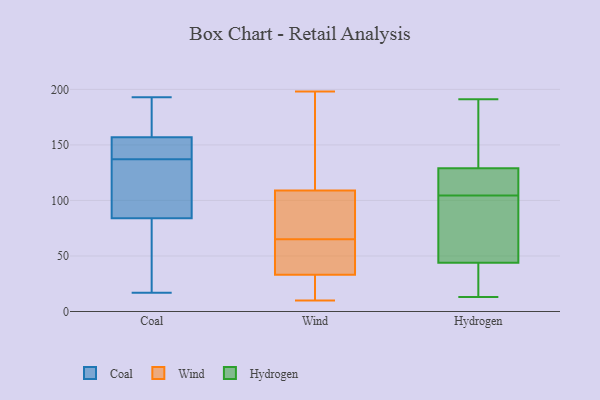
{"axis": {"x": "Humidity (%)", "y": "Value"}, "legend": ["Coal", "Hydrogen", "Wind"], "data": [{"x": "", "y": 193, "type": "Coal"}, {"x": "", "y": 102, "type": "Coal"}, {"x": "", "y": 184, "type": "Coal"}, {"x": "", "y": 32, "type": "Coal"}, {"x": "", "y": 154, "type": "Coal"}, {"x": "", "y": 120, "type": "Coal"}, {"x": "", "y": 78, "type": "Coal"}, {"x": "", "y": 78, "type": "Coal"}, {"x": "", "y": 140, "type": "Coal"}, {"x": "", "y": 158, "type": "Coal"}, {"x": "", "y": 17, "type": "Coal"}, {"x": "", "y": 104, "type": "Coal"}, {"x": "", "y": 137, "type": "Coal"}, {"x": "", "y": 165, "type": "Coal"}, {"x": "", "y": 147, "type": "Coal"}, {"x": "", "y": 35, "type": "Wind"}, {"x": "", "y": 31, "type": "Wind"}, {"x": "", "y": 121, "type": "Wind"}, {"x": "", "y": 10, "type": "Wind"}, {"x": "", "y": 33, "type": "Wind"}, {"x": "", "y": 46, "type": "Wind"}, {"x": "", "y": 53, "type": "Wind"}, {"x": "", "y": 90, "type": "Wind"}, {"x": "", "y": 104, "type": "Wind"}, {"x": "", "y": 172, "type": "Wind"}, {"x": "", "y": 198, "type": "Wind"}, {"x": "", "y": 109, "type": "Wind"}, {"x": "", "y": 18, "type": "Wind"}, {"x": "", "y": 77, "type": "Wind"}, {"x": "", "y": 98, "type": "Wind"}, {"x": "", "y": 39, "type": "Wind"}, {"x": "", "y": 30, "type": "Wind"}, {"x": "", "y": 131, "type": "Wind"}, {"x": "", "y": 138, "type": "Hydrogen"}, {"x": "", "y": 129, "type": "Hydrogen"}, {"x": "", "y": 18, "type": "Hydrogen"}, {"x": "", "y": 22, "type": "Hydrogen"}, {"x": "", "y": 191, "type": "Hydrogen"}, {"x": "", "y": 178, "type": "Hydrogen"}, {"x": "", "y": 123, "type": "Hydrogen"}, {"x": "", "y": 118, "type": "Hydrogen"}, {"x": "", "y": 110, "type": "Hydrogen"}, {"x": "", "y": 98, "type": "Hydrogen"}, {"x": "", "y": 99, "type": "Hydrogen"}, {"x": "", "y": 168, "type": "Hydrogen"}, {"x": "", "y": 129, "type": "Hydrogen"}, {"x": "", "y": 44, "type": "Hydrogen"}, {"x": "", "y": 13, "type": "Hydrogen"}, {"x": "", "y": 59, "type": "Hydrogen"}, {"x": "", "y": 47, "type": "Hydrogen"}, {"x": "", "y": 40, "type": "Hydrogen"}]}